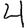
Digit: 4